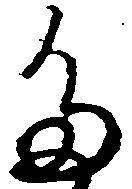
た